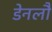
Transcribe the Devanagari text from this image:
डेनलौ